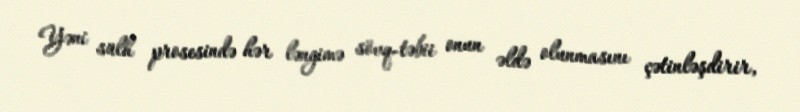
Yəni sülh prosesində hər ləngimə sövq-təbii onun əldə olunmasını çətinləşdirir,